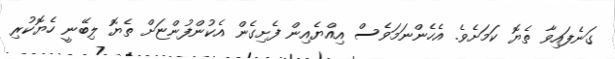
ގަނެފައިވާ ތެޔޮ ކަމަށެވެ. އެހެންނަމަވެސް އިއްޔެއިން ފެށިގެން އެކުންފުންޏަށް ތެޔޮ ލިބޭނީ ހެޔޮކުރި